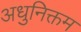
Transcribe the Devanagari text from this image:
अधुनिक्तम